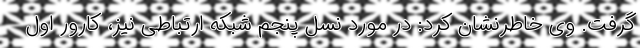
گرفت. وی خاطرنشان کرد: در مورد نسل پنجم شبکه ارتباطی نیز، کارور اول